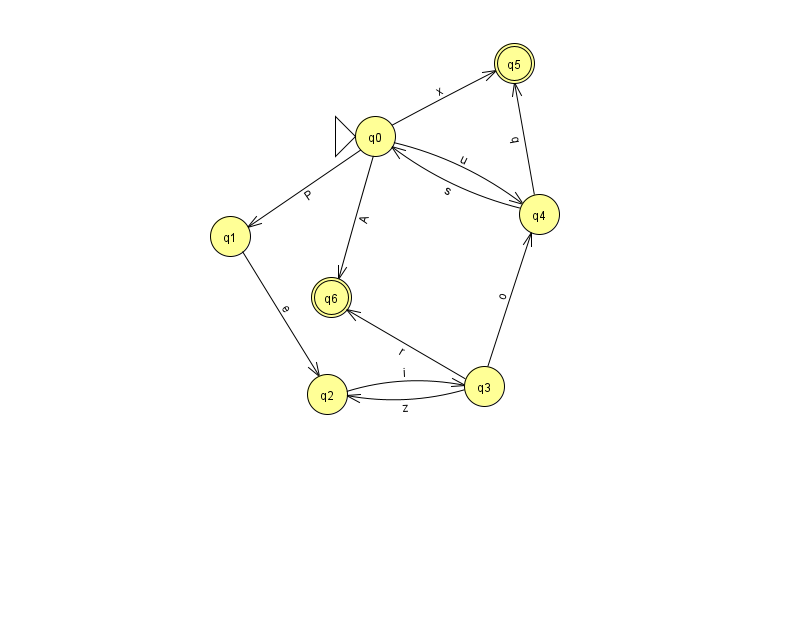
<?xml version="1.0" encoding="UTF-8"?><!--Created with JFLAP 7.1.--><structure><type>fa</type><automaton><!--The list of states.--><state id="0" name="q0"><x>375.0</x><y>123.0</y><initial/></state><state id="1" name="q1"><x>230.0</x><y>223.0</y></state><state id="2" name="q2"><x>327.0</x><y>381.0</y></state><state id="3" name="q3"><x>484.0</x><y>373.0</y></state><state id="4" name="q4"><x>539.0</x><y>201.0</y></state><state id="5" name="q5"><x>514.0</x><y>50.0</y><final/></state><state id="6" name="q6"><x>331.0</x><y>284.0</y><final/></state><!--The list of transitions.--><transition><from>1</from><to>2</to><read>e</read></transition><transition><from>3</from><to>2</to><read>z</read></transition><transition><from>4</from><to>0</to><read>s</read></transition><transition><from>2</from><to>3</to><read>i</read></transition><transition><from>0</from><to>4</to><read>u</read></transition><transition><from>4</from><to>5</to><read>q</read></transition><transition><from>0</from><to>6</to><read>A</read></transition><transition><from>3</from><to>6</to><read>r</read></transition><transition><from>0</from><to>1</to><read>P</read></transition><transition><from>3</from><to>4</to><read>o</read></transition><transition><from>0</from><to>5</to><read>x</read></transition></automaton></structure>